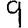
Digit: 9